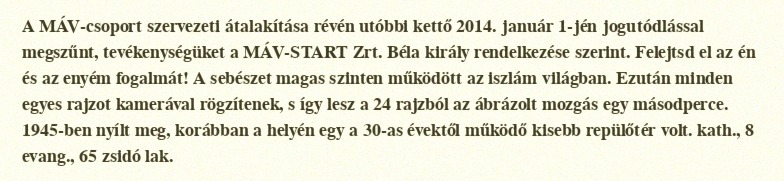
A MÁV-csoport szervezeti átalakítása révén utóbbi kettő 2014. január 1-jén jogutódlással megszűnt, tevékenységüket a MÁV-START Zrt. Béla király rendelkezése szerint. Felejtsd el az én és az enyém fogalmát! A sebészet magas szinten működött az iszlám világban. Ezután minden egyes rajzot kamerával rögzítenek, s így lesz a 24 rajzból az ábrázolt mozgás egy másodperce. 1945-ben nyílt meg, korábban a helyén egy a 30-as évektől működő kisebb repülőtér volt. kath., 8 evang., 65 zsidó lak.